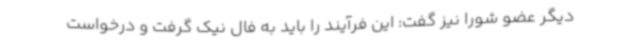
دیگر عضو شورا نیز گفت: این فرآیند را باید به فال نیک گرفت و درخواست